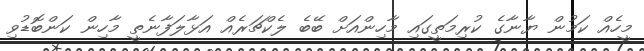
މީހެއް ކަމުން ޔާނާގެ ކުރިމަތީގައި މާހިންއަށް ބޭބެ ލެކްޗަރެއް އަޅާލަފާނެތީ މާހިން ކަންބޮޑުވި